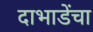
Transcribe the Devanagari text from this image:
दाभाडेंचा